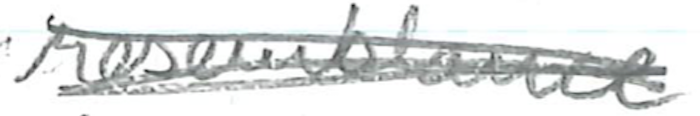
Text: resemblance
Cross-out: scratch
Writing tool: pencil